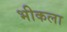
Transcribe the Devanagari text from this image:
भीकला